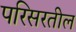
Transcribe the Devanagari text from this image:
परिसरतील